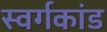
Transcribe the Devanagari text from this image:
स्वर्गकांड